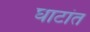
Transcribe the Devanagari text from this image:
घाटांत